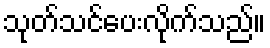
သုတ်သင်ပေးလိုက်သည်။